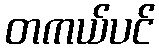
တကယ်ပင်